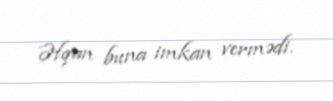
Əfqan buna imkan vermədi.